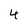
Character: 4